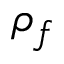
\rho _ { f }